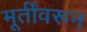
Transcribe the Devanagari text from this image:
मूर्तींवरून